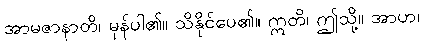
အာမဇာနာတိ၊ မှန်ပါ၏။ သိနိုင်ပေ၏။ ဣတိ၊ ဤသို့။ အာဟ၊